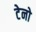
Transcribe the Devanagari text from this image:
टेनो